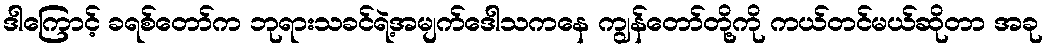
ဒါကြောင့် ခရစ်တော်က ဘုရားသခင်ရဲ့အမျက်ဒေါသကနေ ကျွန်တော်တို့ကို ကယ်တင်မယ်ဆိုတာ အခု